Civil Veterinary Department. United Provinces 1923-31 - 1923-1931
Year: 1923
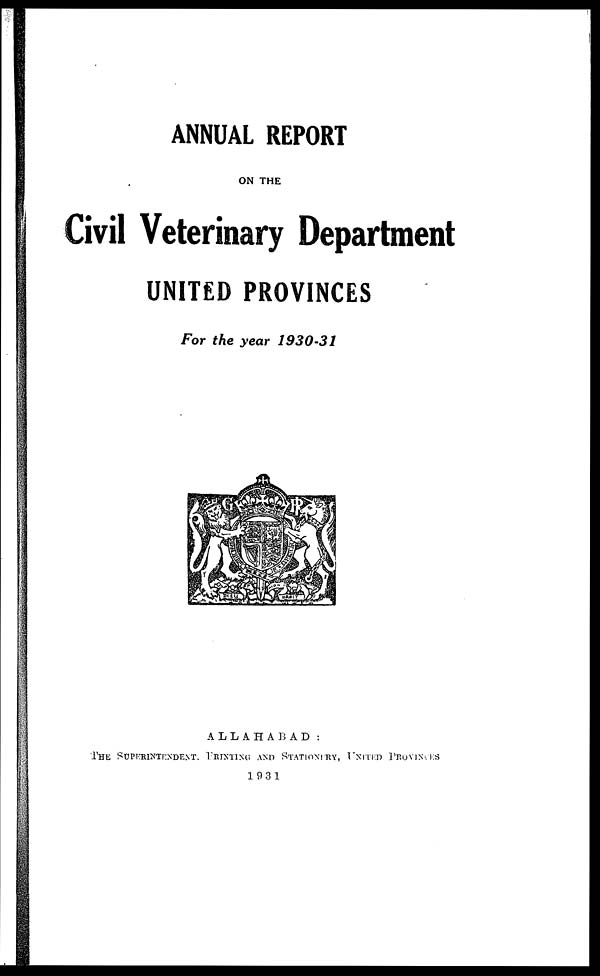
ANNUAL REPORT
ON THE
Civil Veterinary Department
UNITED PROVINCES
For the year 1930-31
ALLAHABAD:
THE SUPERINTENDENT. PRINTING AND STATIONARY, UNITED PROVINCESS
1931